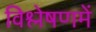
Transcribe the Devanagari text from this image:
विश्लेषणमें